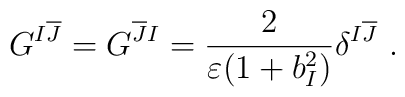
G^{I\overline{J}}=G^{\overline{J}I}=\frac{2}{\varepsilon(1+b^2_I)}\delta^{I\overline{J}}~.